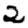
Digit: 2